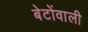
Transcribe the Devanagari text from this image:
बेटोंवाली